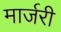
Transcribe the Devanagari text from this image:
मार्जरी